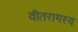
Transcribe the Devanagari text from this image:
वीतरागस्य